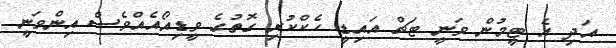
އަދި އެ ޓީމުން ވަނީ ޓަޗް އައިޑީ ހެކްކުރި ގޮތުގެ ވީޑިއޯއެއްވެސް އިންވަނީ